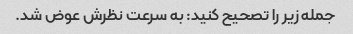
جمله زیر را تصحیح کنید: به سرعت نظرش عوض شد.